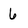
Character: 6